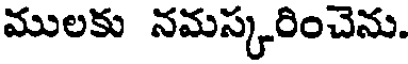
ములకు నమస్కరించెను.